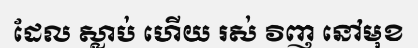
ដែល ស្លាប់ ហើយ រស់ វិញ នៅមុខ